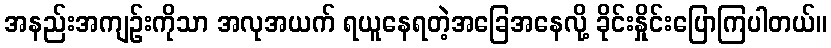
အနည်းအကျဉ်းကိုသာ အလုအယက် ရယူနေရတဲ့အခြေအနေလို့ ခိုင်းနှိုင်းပြောကြပါတယ်။